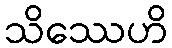
သိဿေဟိ